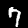
Digit: 7